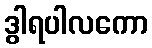
ဒွါရပါလကော